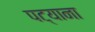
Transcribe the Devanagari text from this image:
पट्याना